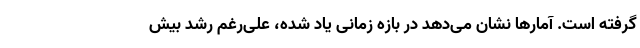
گرفته است. آمارها نشان می‌دهد در بازه زمانی یاد شده، علی‌رغم رشد بیش